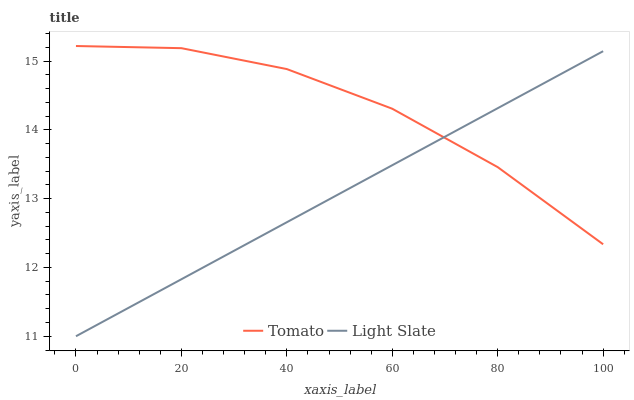
| xaxis_label | Tomato | Light Slate |
 | --- | --- | --- |
 | 0 | 15.2 | 11 |
 | 20 | 15.2 | 11.8 |
 | 40 | 14.9 | 12.7 |
 | 60 | 14.3 | 13.5 |
 | 80 | 13.5 | 14.3 |
 | 100 | 12.3 | 15.1 |